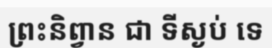
ព្រះនិព្វាន ជា ទីស្ងប់ ទេ